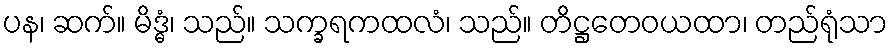
ပန၊ ဆက်။ မိဒ္ဓံ၊ သည်။ သက္ခရကထလံ၊ သည်။ တိဋ္ဌတေဝယထာ၊ တည်ရုံသာ